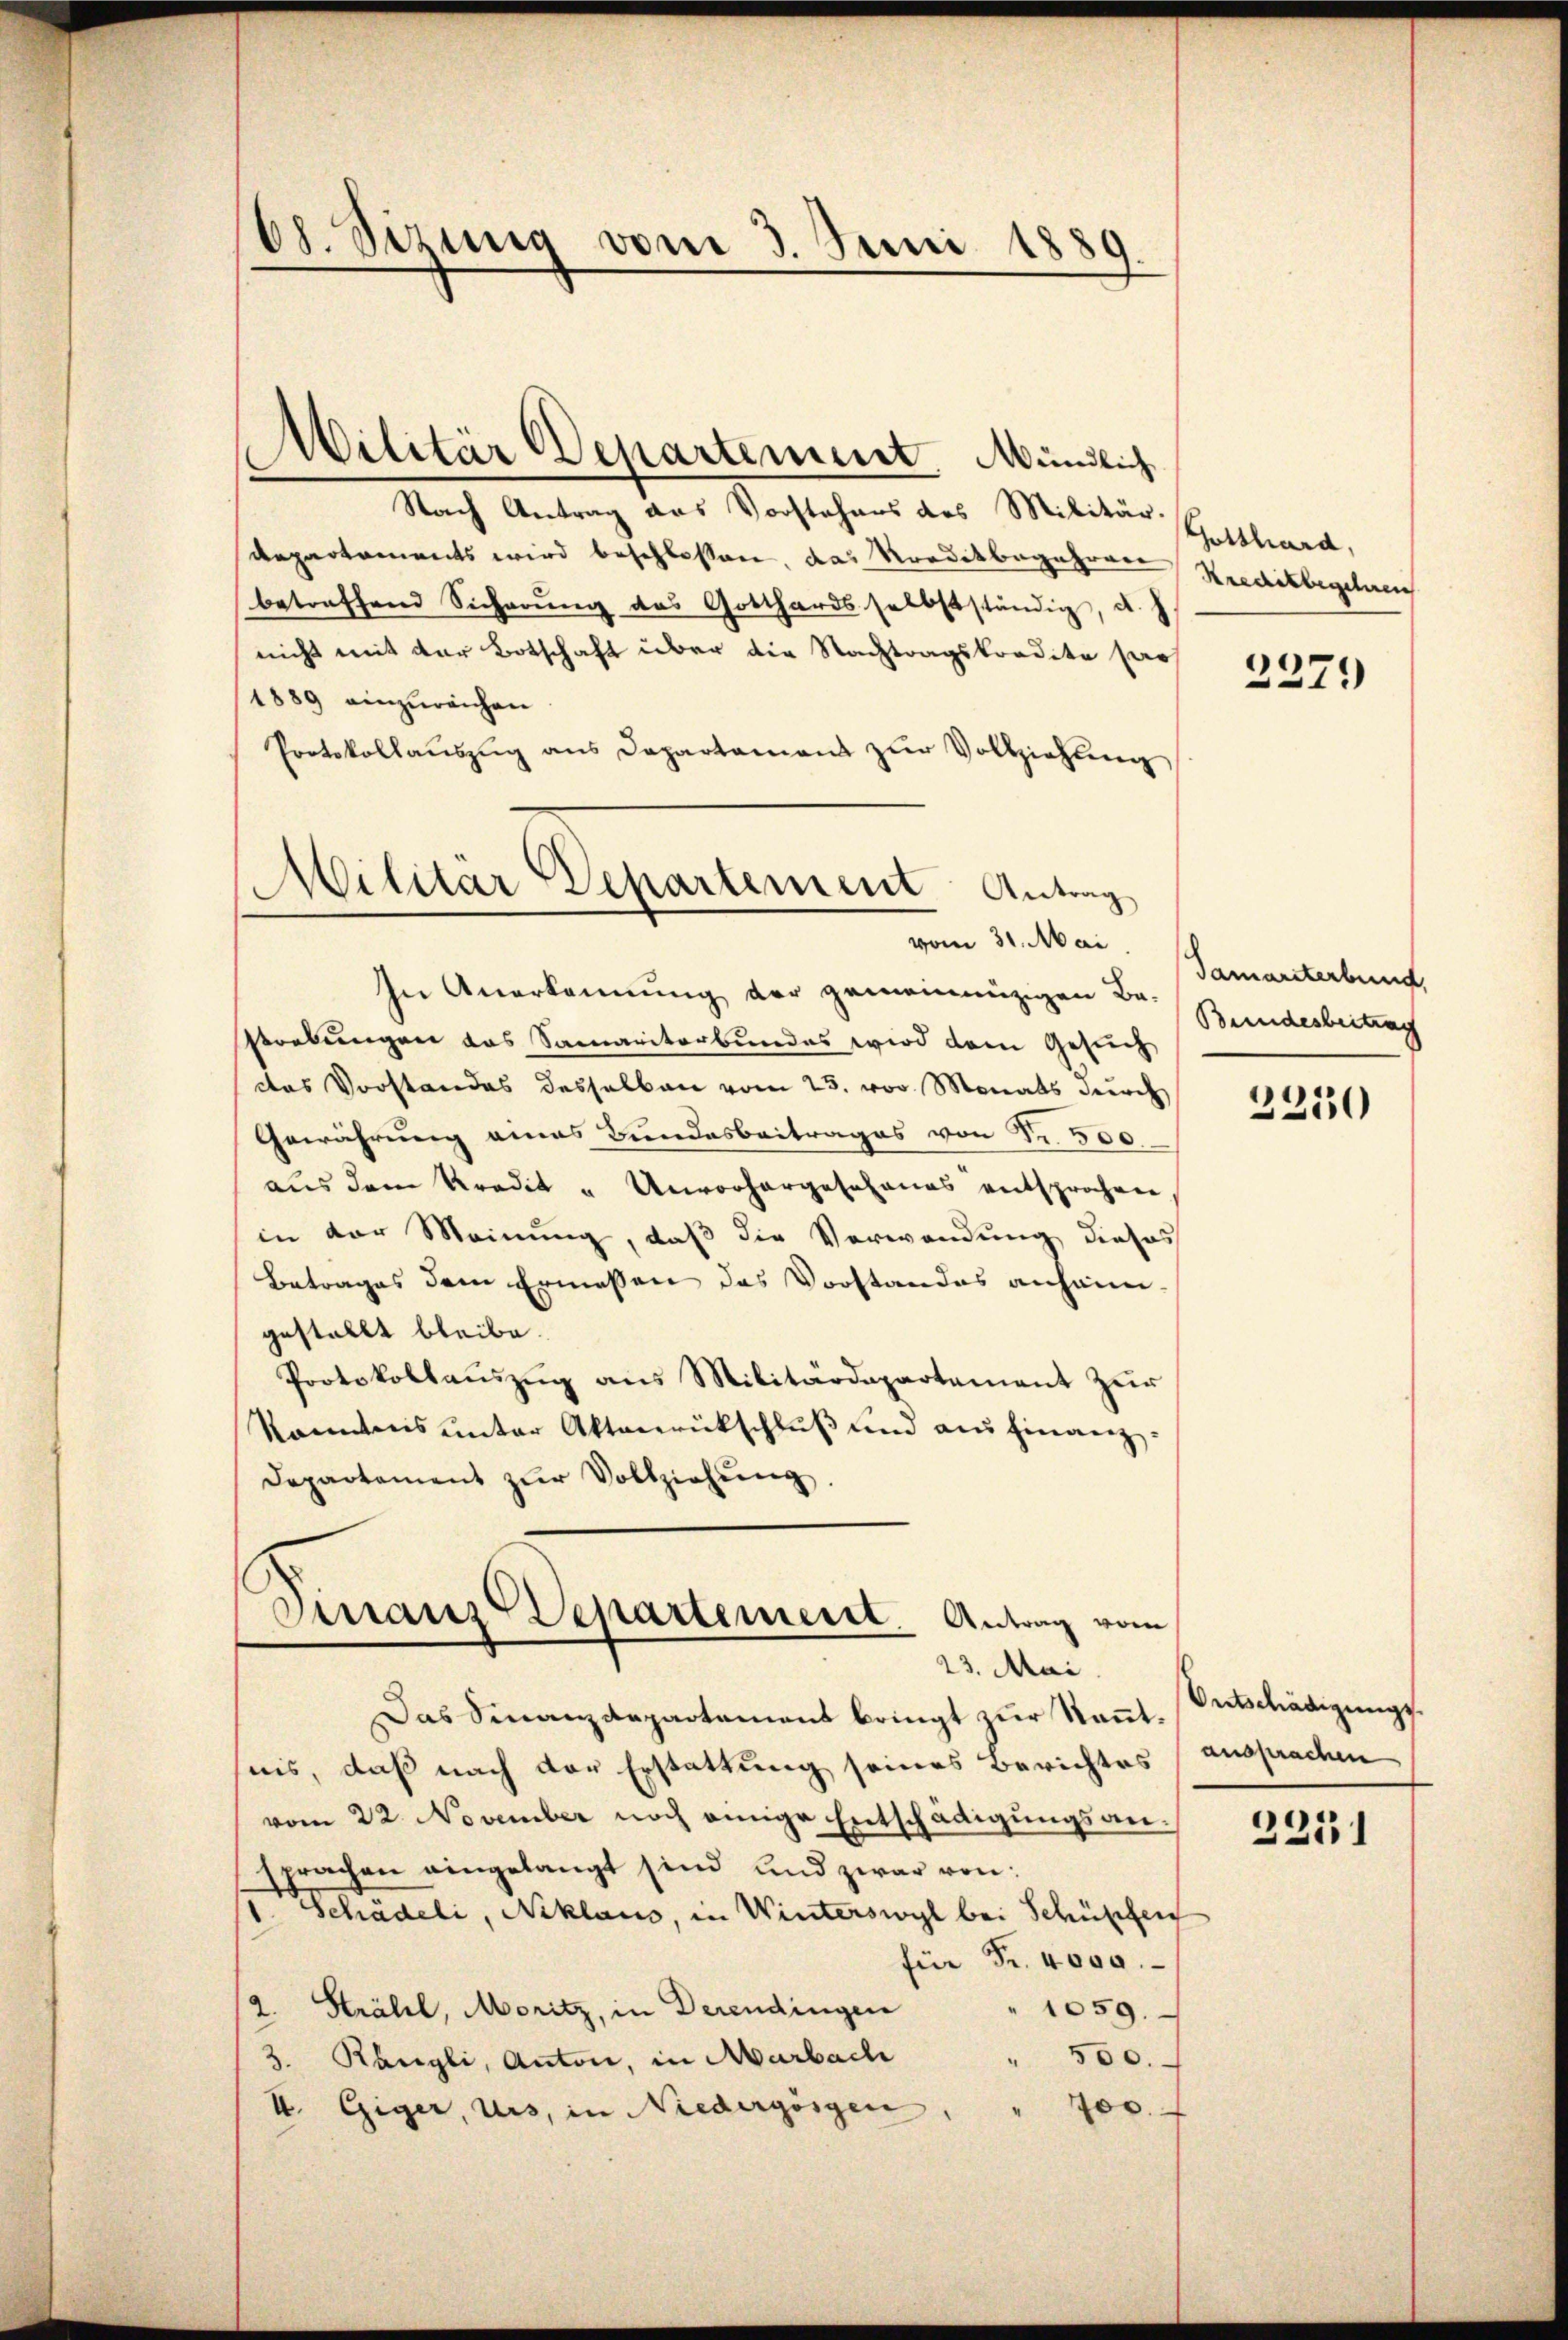
bl. Sizung vom 3. Juni 1889.

Militär Departement. Mündlich
Nach Antrag aus Vorstehers des Militär- Gasthard,
departaments wird beschlossen, das Nordesbegehren Kreditbegehre
betreffend Sicherŭng des Gotthards selbstständig, d. h.
nicht mit der Botschaft über die Nachtragskredite par
1889 einzureichen.
Protokollaŭszŭg ans Departament zŭr Vollziehung

.
Militar Separtement Antrag
vom 31. Mai,

In Anerkennung der gemeinnüzigen Be-
strebungen das Samariterbundes wird dem Gesuch
das Vorstandes desselben vom 23. vor. Monats durch
Gewährung eines Bundesbeitrages von Nr. 500.
aus dem Kredit " Unvorhergeschanas entsprochen
in der Meinung, daß die Verwendung dieses
Betrages dem Ermessen das Vorstandes anhänn-
gestellt bleibe.
Protokollauszug aus Militärdepartement zur
kanntens unter Aktenrückschluß und aus Finanz
Departament zŭr Vollziehŭng.

Finanz-Departement. Antrag vom
23. Mai.

Das Finanzdepartement bringt zur Kenntnis, daß nach der Erstattung seines Berichtes
vom 22. November noch einige Entschädigungsanprachen eingelangt sind und zwar von:
Schädeli, Niklaus, in Winterswyl bei Schüpfen
für Fr. 4000.
/2. Strahl, Moritz, in Derendingen
" 1059.
" 560.
3. Rängli, Anton, in Marbach
I. Giger, Urs, in Niedergösgen
700.

2379

Samariterbund
Bundesbeitrag

2250

Ontschädigungs-
ausprachen

2231